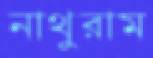
নাথুরাম